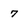
Character: 7